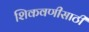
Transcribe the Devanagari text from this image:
शिकवणीसाठी